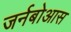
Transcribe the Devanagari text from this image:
जर्नबोआस